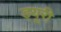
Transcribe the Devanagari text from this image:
ड्यूरी